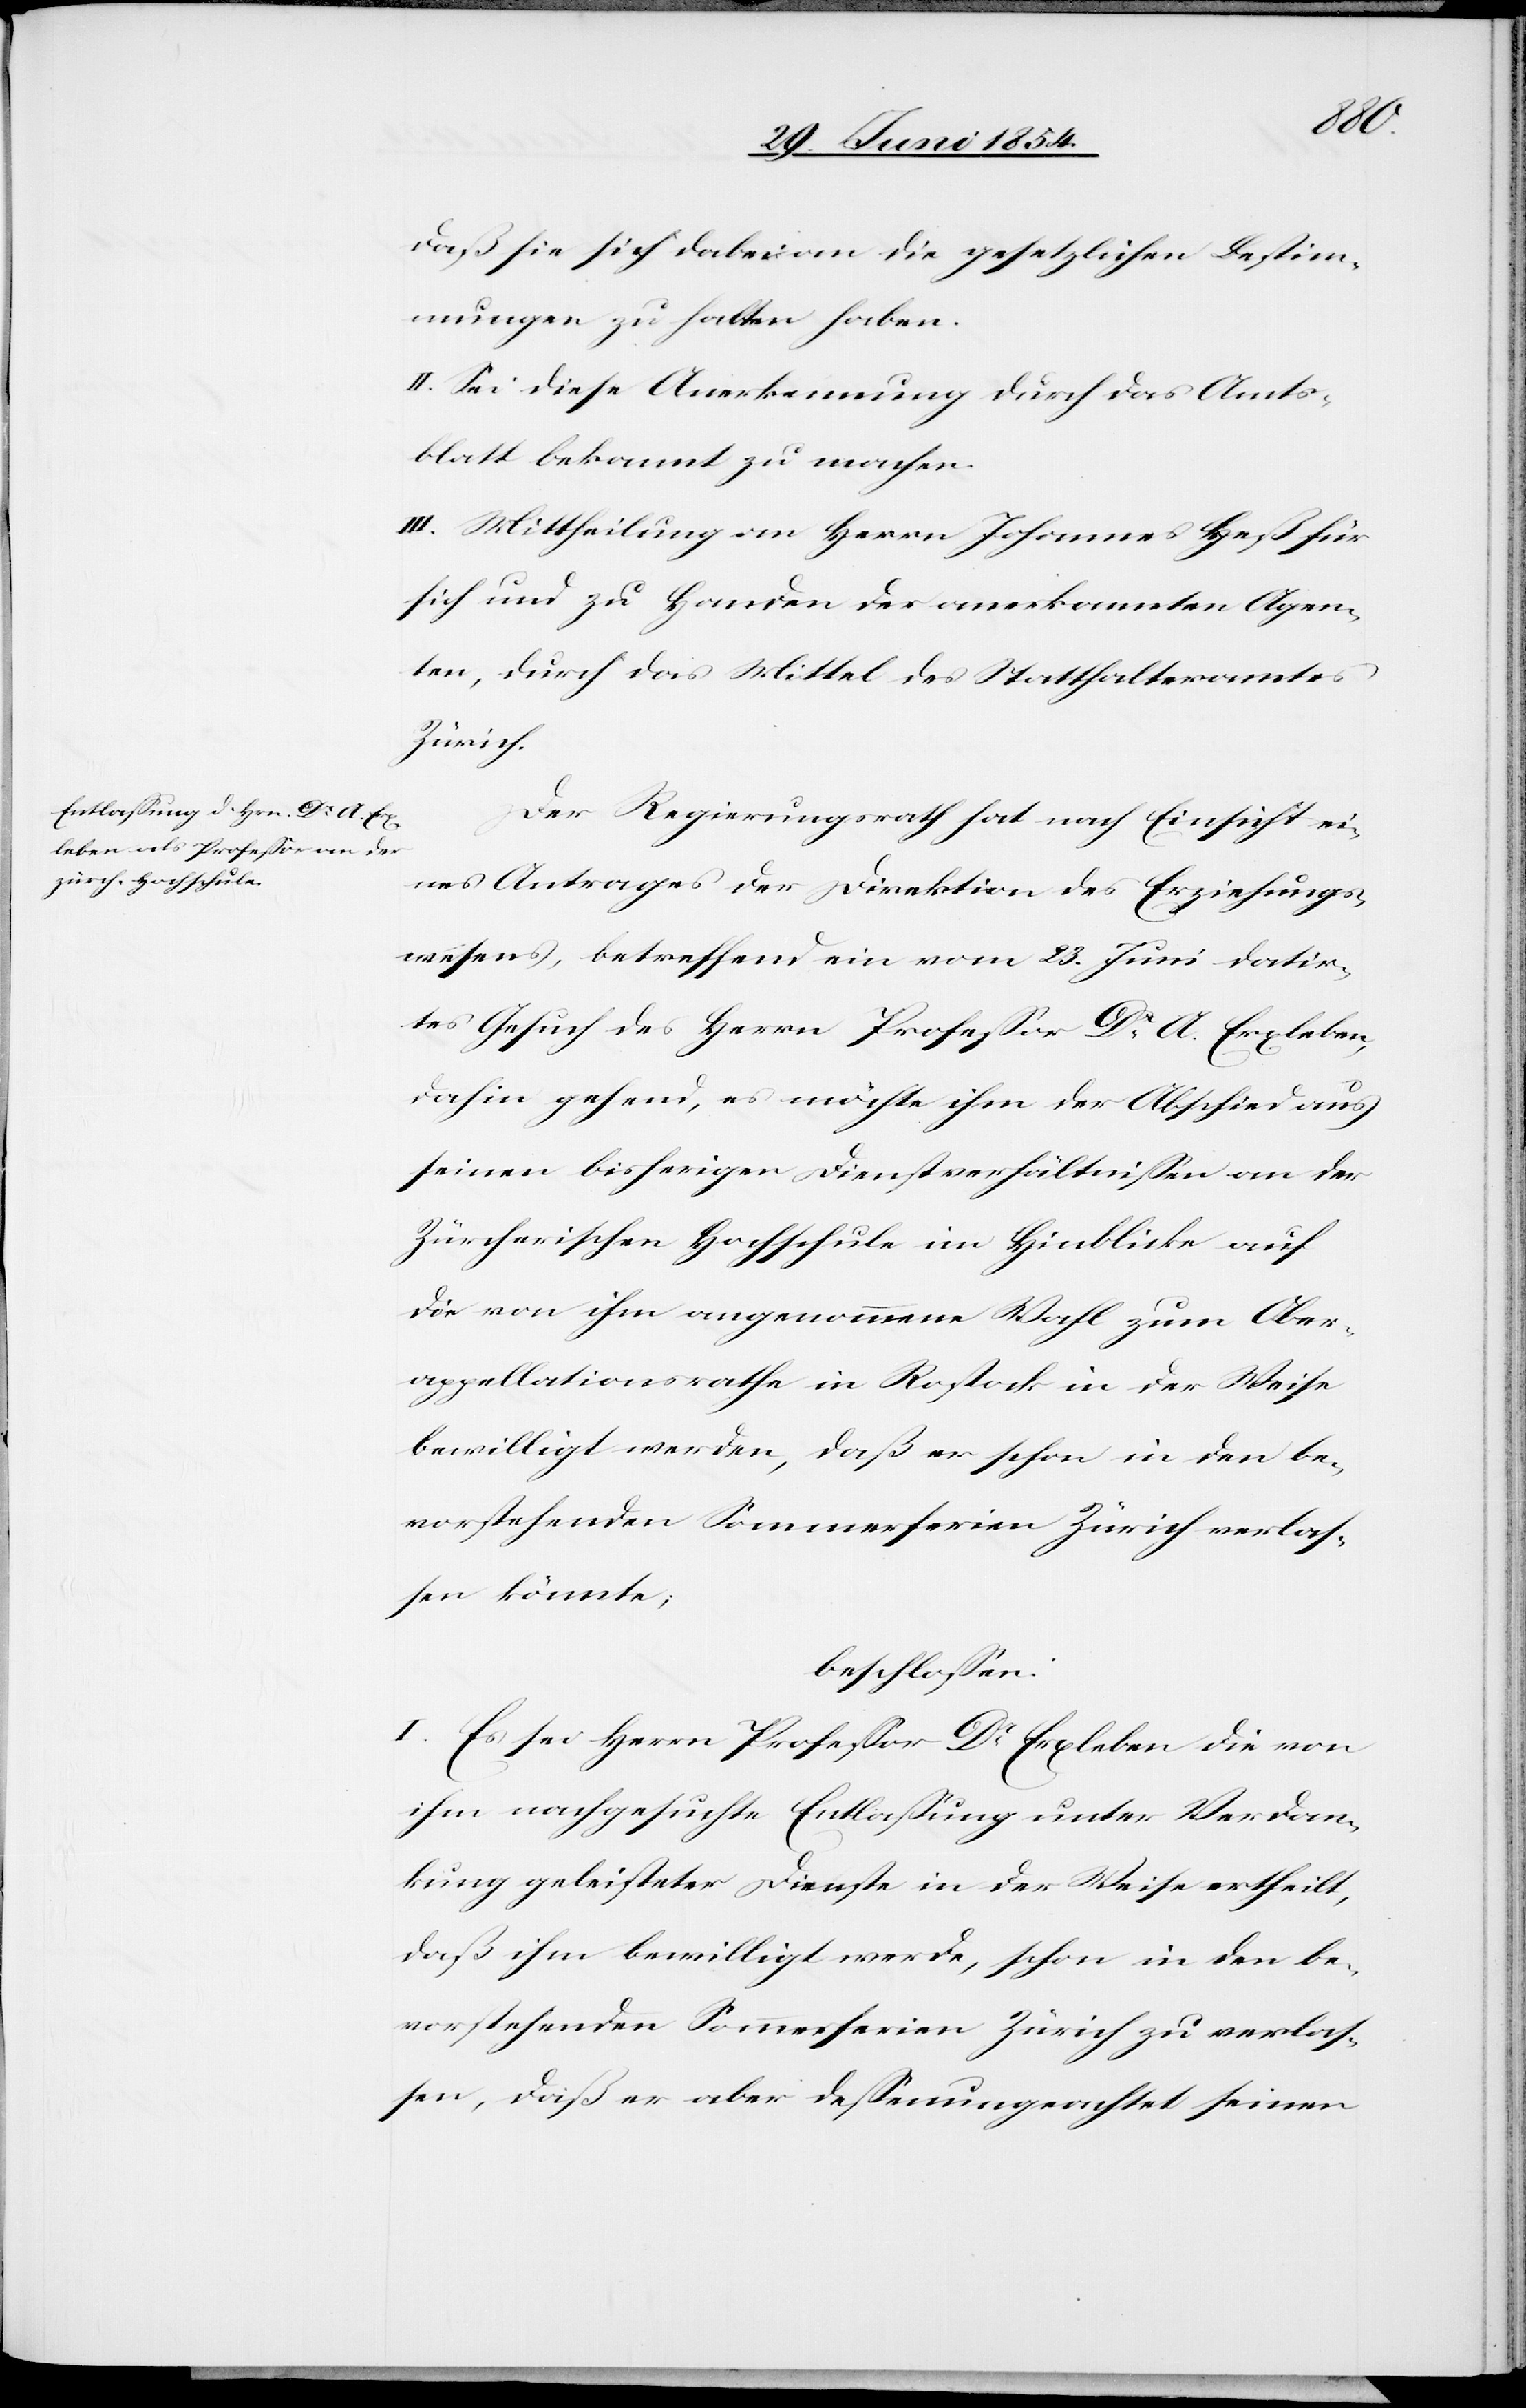
daß sie sich dabei an die gesetzlichen Bestim¬
mungen zu halten haben.
II. Sei diese Anerkennung durch das Amts¬
blatt bekannt zu machen.
III. Mittheilung an Herrn Johannes Heß für
sich und zu Handen der anerkannten Agen¬
ten, durch das Mittel des Statthalteramtes.
Der Regierungsrath hat nach Einsicht ei¬
nes Antrages der Direktion des Erziehungs¬
wesens, betreffend ein vom 23. Juni datir¬
tes Gesuch des Herrn Profeßor Dr A. Erxleben,
dahin gehend, es möchte ihm der Abschied aus
seinen bisherigen Dienstverhältnißen an der
Zürcherischen Hochschule im Hinblicke auf
die von ihm angenommene Wahl zum Ober¬
appellationsrathe in Rostock in der Weise
bewilligt werden, daß er schon in den be¬
vorstehenden Sommerferien Zürich verla¬
ßen könnte;
beschloßen:
I. Es sei Herrn Profeßor Dr Erxleben die von
ihm nachgesuchte Entlaßung unter Verdan¬
kung geleisteter Dienste in der Weise ertheilt,
daß ihm bewilligt werde, schon in den be¬
vorstehenden Sommerferien Zürich zu verlaß¬
en, daß er aber deßenungeachtet seinen